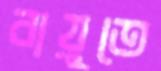
বায়ুতে